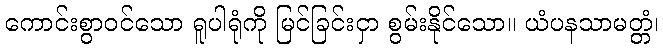
ကောင်းစွာဝင်သော ရူပါရုံကို မြင်ခြင်းငှာ စွမ်းနိုင်သော။ ယံပနသာမတ္တံ၊